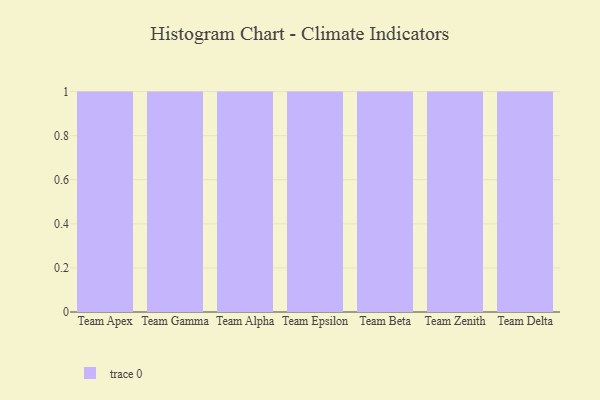
{"axis": {"x": "Team", "y": "Shipments"}, "legend": [""], "data": [{"x": "Team Apex", "y": 5, "type": ""}, {"x": "Team Gamma", "y": 83, "type": ""}, {"x": "Team Alpha", "y": 88, "type": ""}, {"x": "Team Epsilon", "y": 74, "type": ""}, {"x": "Team Beta", "y": 88, "type": ""}, {"x": "Team Zenith", "y": 4, "type": ""}, {"x": "Team Delta", "y": 12, "type": ""}]}